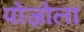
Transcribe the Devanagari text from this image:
पोज़ोला